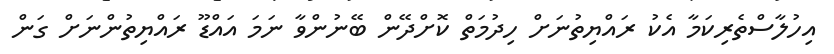
އިހުލާސްތެރިކަމާ އެކު ރައްޔިތުނަށް ހިދުމަތް ކޮށްދޭން ބޭނުންވާ ނަމަ އައްޑޫ ރައްޔިތުންނަށް ގަން